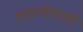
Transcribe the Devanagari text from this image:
रुदालीसाठी